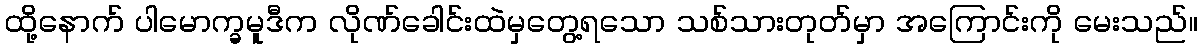
ထို့နောက် ပါမောက္ခမူဒီက လိုဏ်ခေါင်းထဲမှတွေ့ရသော သစ်သားတုတ်မှာ အကြောင်းကို မေးသည်။